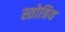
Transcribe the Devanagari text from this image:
स्तोत्रिय